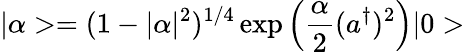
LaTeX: |\alpha>=(1-|\alpha|^{2})^{1/4}\exp\left(\frac{\alpha}{2}(a^{\dagger})^{2}\right)|0>